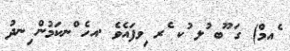
ެއމް) ގަ ޫބ ުލ ުކ ެރ ިވފައެވެެ .އހެ ްނކަމުން ިނދު